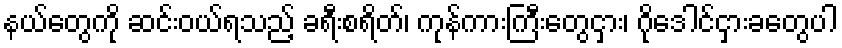
နယ်တွေကို ဆင်းဝယ်ရသည့် ခရီးစရိတ်၊ ကုန်ကားကြီးတွေငှား၊ ဂိုဒေါင်ငှားခတွေပါ